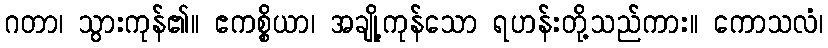
ဂတာ၊ သွားကုန်၏။ ဧကစ္စိယာ၊ အချို့ကုန်သော ရဟန်းတို့သည်ကား။ ကောသလံ၊